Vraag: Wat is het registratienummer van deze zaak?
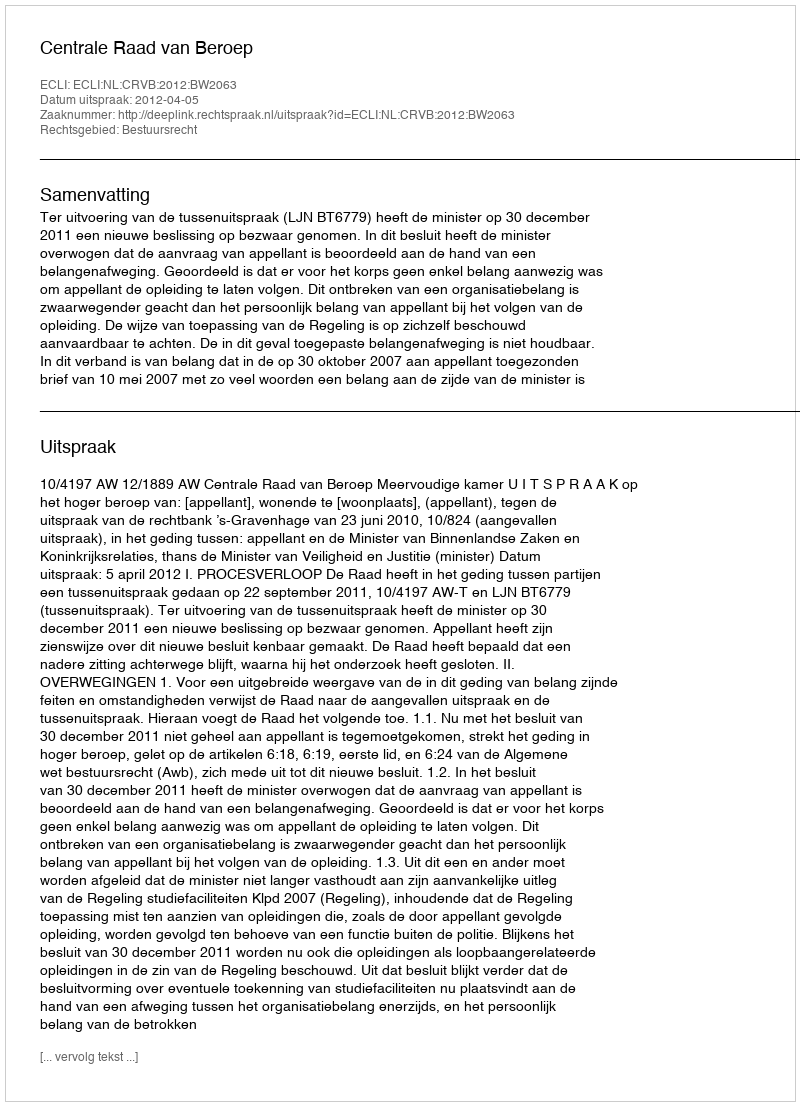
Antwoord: http://deeplink.rechtspraak.nl/uitspraak?id=ECLI:NL:CRVB:2012:BW2063